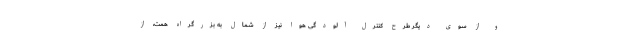
و از سوی دیگر طرح کنترل آلودگی هوا نیز از شمال به بزرگراه همت، از